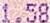
1.58